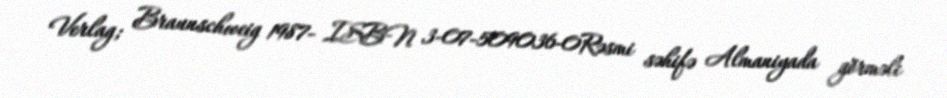
Verlag; Braunschweig 1987- ISBN 3-07-509036-0Rəsmi səhifə Almaniyada görməli